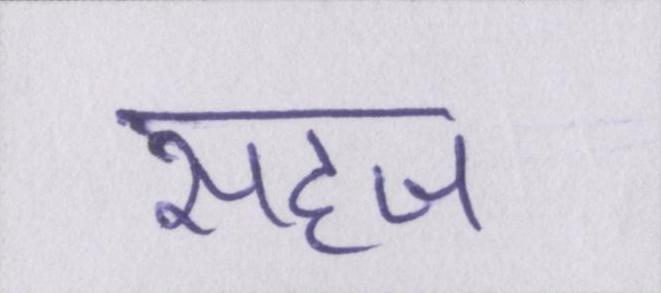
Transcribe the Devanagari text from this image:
सहज